Lunatic asylums in Bengal annual reports 1899-1911 - 1899-1911
Year: 1899
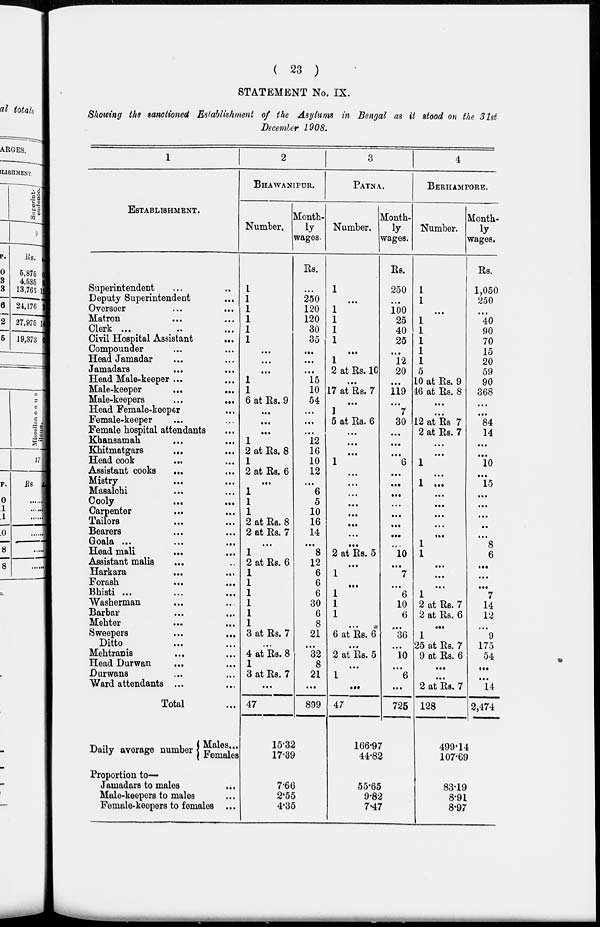
( 23 )
STATEMENT No. IX.
Showing the sanctioned Establishment of the Asylums in Bengal as it stood on the 31st
December 1908.
1
ESTABLISHMENT.
Superintendent ... ...
Deputy Superintendent ...
Overseer ...
Matron ...
Clerk ...
Civil Hospital Assistant ...
Compounder ...
Head Jamadar ...
Jamadars ...
Head Male-keeper ...
Male-keeper
...
...
Male-keepers
...
...
Head Female-keeper ...
Female-keeper ...
Female hospital attendants ...
Khansamah ...
Khitmatgars
...
Head cook
...
Assistant cooks
...
Mistry ...
Masalchi ...
Cooly
...
...
Carpenter
...
Tailors ... ...
Bearers ... ...
Goala ... ...
...
Head mali
...
Assistant malis
...
Harkara
...
...
Forash ... ...
Bhisti ... ...
Washerman ... ...
Barbar ... ...
Mehter ... ...
Sweepers
...
...
Ditto ... ...
Mehtranis ... ...
Head Durwan ... ...
Durwans ... ...
Ward attendants ... ...
Total ...
Daily average number
Males...
Females
Proportion to—
Jamadars to males ...
Male-keepers to males ...
Female-keepers to females ...
2
BHAWANIPUR.
Number.
1
1
1
1
1
1
...
...
...
1
1
6 at Rs. 9
...
...
...
1
2 at Rs. 8
1
2 at Rs. 6
...
1
1
1
2 at Rs. 8
2 at Rs. 7
...
1
2 at Rs. 6
1
1
1
1
1
1
3 at Rs. 7
...
4 at Rs. 8
1
3 at Rs. 7
...
47
Month¬
wages.
Rs.
...
250
120
120
30
35
...
...
...
15
10
54
...
...
...
12
16
10
12
...
6
5
10
16
14
...
8
12
6
6
6
30
6
8
21
...
32
8
21
...
899
15.32
17.39
7.66
2.55
4.35
3
PATNA.
Number.
1
...
1
1
1
1
...
1
2 at Rs. 10
...
17 at Rs. 7
...
1
5 at Rs. 6
...
...
...
1
...
...
...
...
...
...
...
...
2 at Rs. 5
...
1
...
1
1
1
...
6 at Rs. 6
...
2 at Rs. 5
...
1
...
47
Mont¬
ly
wages.
Rs.
250
...
100
25
40
25
...
12
20
...
119
...
7
30
...
...
...
6
...
...
...
...
...
...
...
...
10
...
7
...
6
10
6
...
36
...
10
...
6
...
725
166.97
44.82
55.65
9.82
7.47
4
BERHAMPORE.
Number.
1
1
...
1
1
1
1
1
5
10 at Rs. 9
46 at Rs. 8
...
...
12 at Rs 7
2 at Rs. 7
...
...
1
...
1 ...
...
...
...
...
...
1
1
...
...
...
1
2 at Rs. 7
2 at Rs. 6
...
1
25 at Rs. 7
9 at Rs. 6
...
...
2 at Rs. 7
128
Month-
ly
wages.
Rs.
1,050
250
...
40
90
70
15
20
59
90
368
...
...
84
14
...
...
10
...
15
...
...
...
...
...
8
6
...
...
...
7
14
12
...
9
175
54
...
...
14
2,474
499.14
107.69
83.19
8.91
8.97